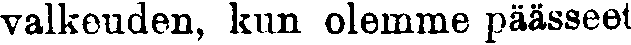
valkeuden, kun olemme päässeet